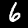
Label: 6